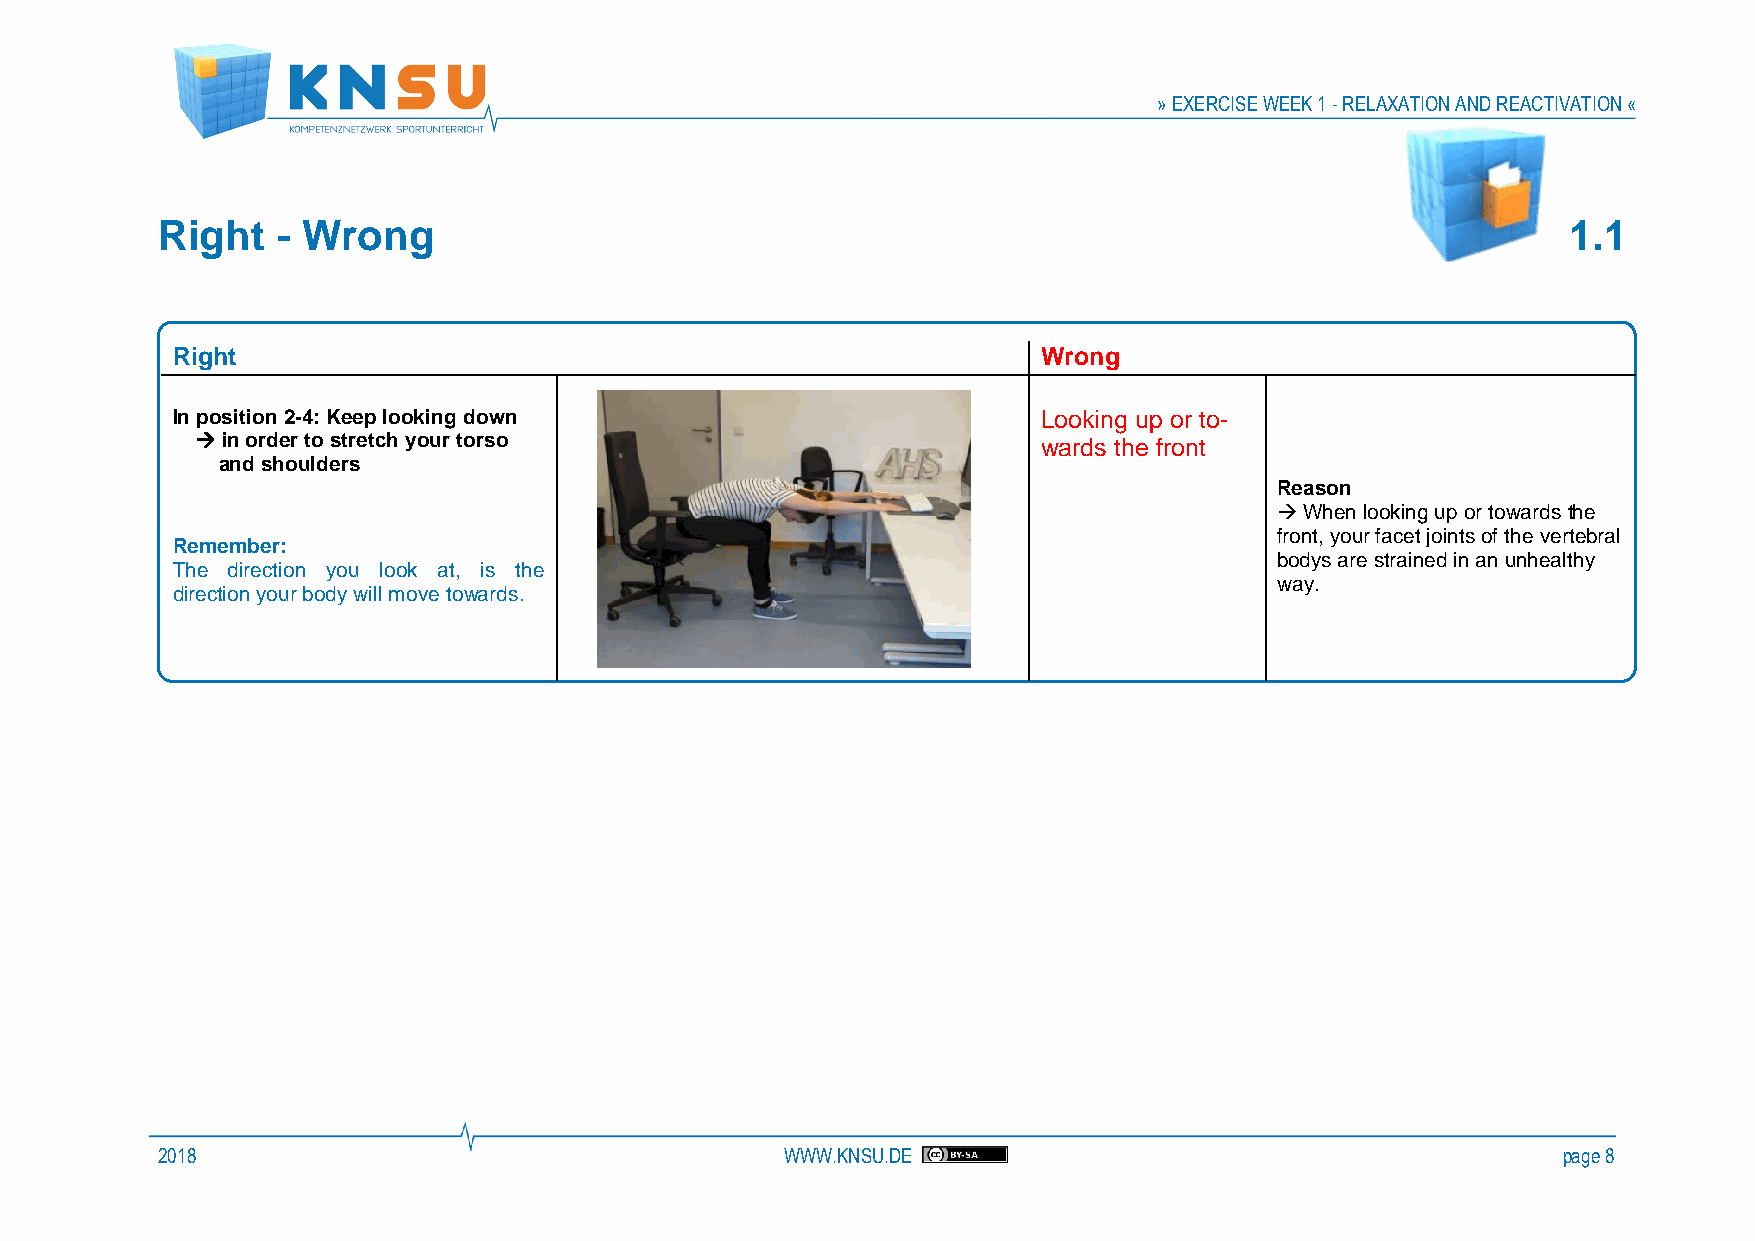
» EXERCISE WEEK 1 - RELAXATION AND REACTIVATION «
 Right   - Wrong                                                                               1.1
 Right                                                     Wrong
 In position 2-4: Keep looking down                        Looking up or to-
 → in order to stretch your torso                        wards the front
 and shoulders
 Reason
 → When looking up or towards the
 front, your facet joints of the vertebral
 Remember:
 bodys are strained in an unhealthy
 The direction you look at, is the
 way.
 direction your body will move towards.
 2018                                      WWW.KNSU.DE                                        page 8